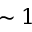
\sim 1